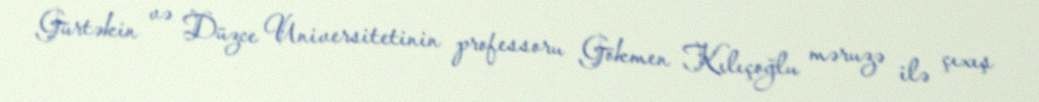
Gürtəkin və Düzce Universitetinin professoru Gökmen Kılıçoğlu məruzə ilə çıxış